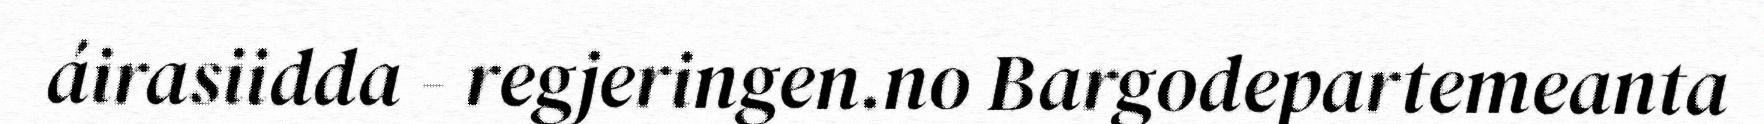
áirasiidda - regjeringen.no Bargodepartemeanta